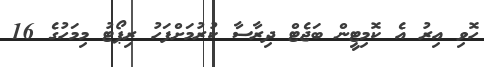
ހޮވި އިރު އެ ކޮމިޓީން ބަޖެޓް ދިރާސާ ކުރުމަށްފަހު ރިޕޯޓު މިމަހުގެ 16